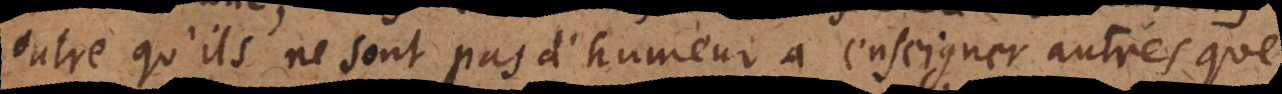
outre qu’ils ne sont pas d’humeur à enseigner autres que